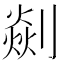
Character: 𠟡